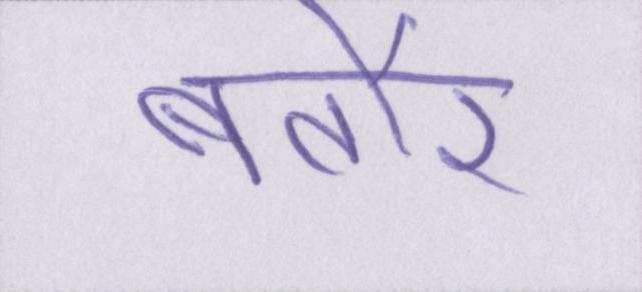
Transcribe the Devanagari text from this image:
बतौर